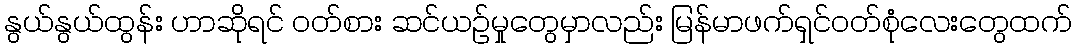
နွယ်နွယ်ထွန်း ဟာဆိုရင် ဝတ်စား ဆင်ယဉ်မှုတွေမှာလည်း မြန်မာဖက်ရှင်ဝတ်စုံလေးတွေထက်